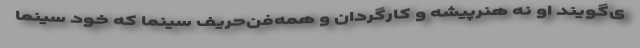
ی‌گویند او نه هنرپیشه و کارگردان و همه‌فن‌حریفِ سینما که خودِ سینما